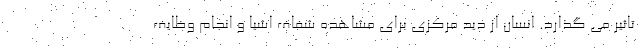
تاثیر می گذارد. انسان از دید مرکزی برای مشاهده شفاف اشیا و انجام وظایف